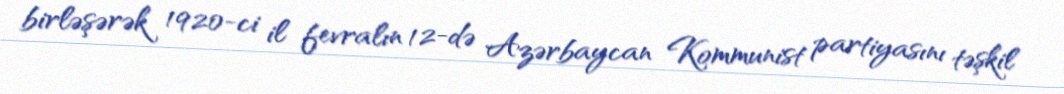
birləşərək 1920-ci il fevralın 12-də Azərbaycan Kommunist partiyasını təşkil